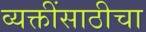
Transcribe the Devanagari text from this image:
व्यक्तींसाठीचा